On the action of the venoms of the cobra (Naja tripudians) and of the daboia (Daboia russellii) on the red blood corpuscles and on the blood plasma - Number 4
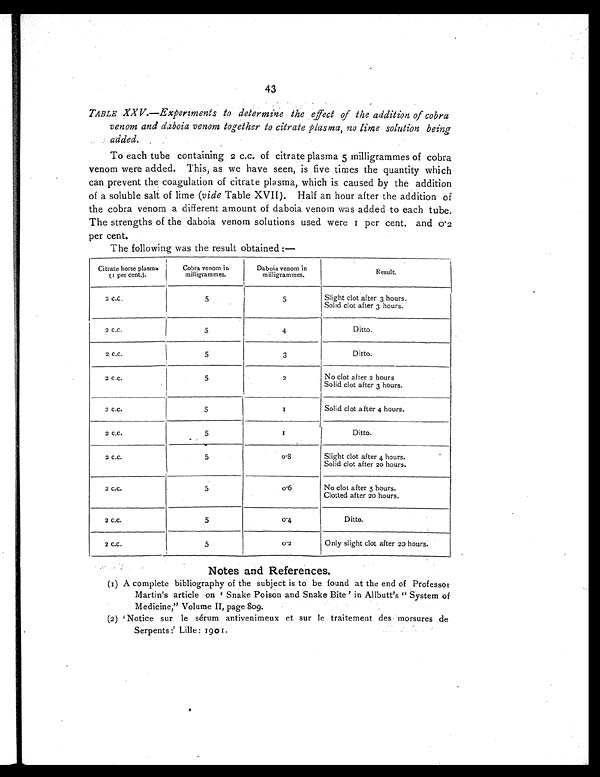
43
TABLE XXV.—Experiments to determine the effect of the addition of cobra
venom and daboia venom together to citrate plasma, no lime solution being
added.
To each tube containing 2 c.c. of citrate plasma 5 milligrammes of cobra
venom were added. This, as we have seen, is five times the quantity which
can prevent the coagulation of citrate plasma, which is caused by the addition
of a soluble salt of lime (vide Table XVII). Half an hour after the addition of
the cobra venom a different amount of daboia venom was added to each tube.
The strengths of the daboia venom solutions used were 1 per cent. and
0 . 2 p e r c e n t .
The following was the result obtained :—
Citrate horse plasma
(1 per cent.).
Cobra venom in
milligrammes.
Daboia venom in
milligrammes.
Result.
2 c.c.
5
5
Slight clot after 3 hours.
Solid clot after 3 hours.
2 c.c.
5
4
Ditto.
2 c.c.
5
3
Ditto.
2 c.c.
5
2
No clot after 2 hours
Solid clot after 3 hours.
2 c.c.
5
1
Solid clot after 4 hours.
2 c.c.
5
1
Ditto.
2 c.c.
5
0 . 8
Slight clot after 4 hours.
Solid clot after 20 hours.
2 c.c.
5
0 . 6
No clot after 5 hours.
Clotted after 20 hours.
2 c.c.
5
0 . 4
Ditto.
2 c.c.
5
0 . 2
Only slight clot after 20 hours.
Notes and References.
(1) A complete bibliography of the subject is to be found at the end of Professor
Martin's article on Snake Poison and Snake Bite' in Allbutt's " System of
Medicine," Volume II, page 809.
(2) 'Notice sur le sérum antivenimeux et sur le traitement des morsures de
Serpents :' Lille : 1901.